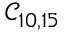
\mathcal { C } _ { 1 0 , 1 5 }